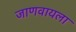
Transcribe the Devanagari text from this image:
जाणवायला